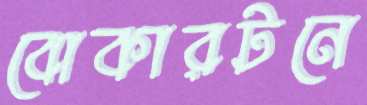
বোকারটনে